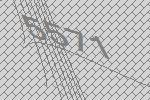
5571